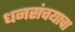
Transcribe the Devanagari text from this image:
धनसंचयाचा